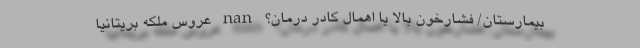
بیمارستان/ فشارخون بالا یا اهمال کادر درمان؟ nan عروس ملکه بریتانیا